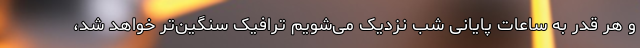
و هر قدر به ساعات پایانی شب نزدیک می‌شویم ترافیک سنگین‌تر خواهد شد،